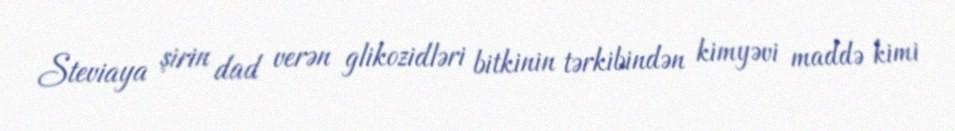
Steviaya şirin dad verən glikozidləri bitkinin tərkibindən kimyəvi maddə kimi